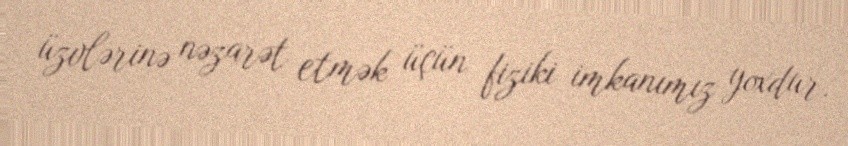
üzvlərinə nəzarət etmək üçün fiziki imkanımız yoxdur.